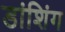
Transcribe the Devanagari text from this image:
डांशिंग